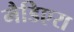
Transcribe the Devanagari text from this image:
मैडिएरा